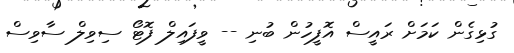
ގުޅިގެން ކަމަށް ރައީސް އޮފީހުން ބުނި -- ވީފައިލް ފޮޓޯ ސިވިލް ސާވިސް